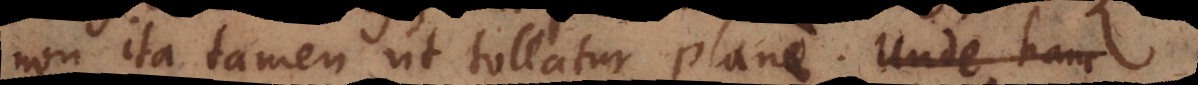
non ita tamen ut tollatur plane. Unde hanc